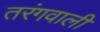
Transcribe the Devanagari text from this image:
तरंगवाली